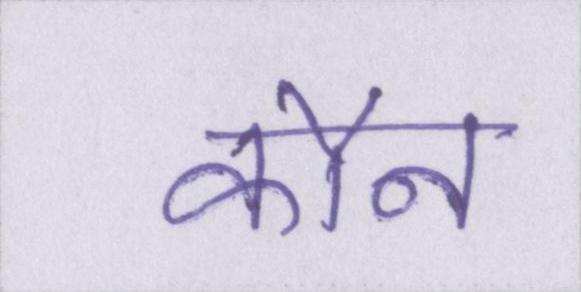
कौन